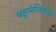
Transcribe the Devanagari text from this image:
बहुमंजिलीय